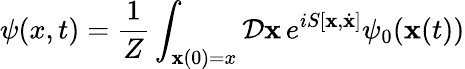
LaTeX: \psi(x,t)={\frac{1}{Z}}\int_{\mathbf{x}(0)=x}{\mathcal{D}}\mathbf{x}\, e^{iS[\mathbf{x},{\dot{\mathbf{x}}}]}\psi_{0}(\mathbf{x}(t))